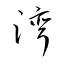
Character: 湾